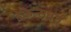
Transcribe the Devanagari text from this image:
डेकेन्सबर्ग